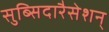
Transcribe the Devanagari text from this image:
सुब्सिदारैसेशन्